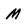
Character: M